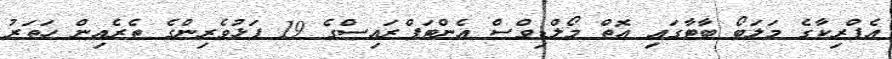
އެފްރިކާގެ މަލަބޯ ބާޓާގައި އޮތް މޯލްޑިވްސް އެންޓަޕްރައިސްގެ 19 ފަޅުވެރިންގެ ތެރެއިން ހަތަރު